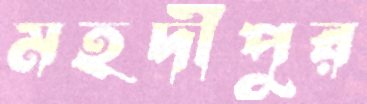
মহদীপুর